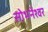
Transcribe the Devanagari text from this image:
सोभनेश्वर